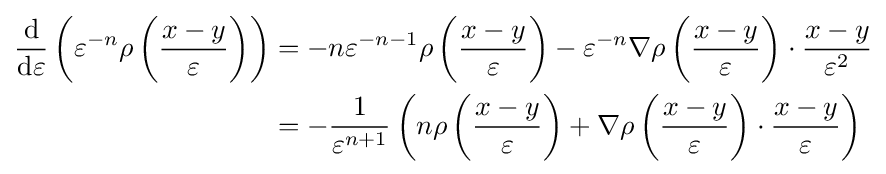
{\begin{aligned}{\frac {\mathrm {d} }{\mathrm {d} \varepsilon }}\left(\varepsilon ^{-n}\rho \left({\frac {x-y}{\varepsilon }}\right)\right)&=-n\varepsilon ^{-n-1}\rho \left({\frac {x-y}{\varepsilon }}\right)-\varepsilon ^{-n}\nabla \rho \left({\frac {x-y}{\varepsilon }}\right)\cdot {\frac {x-y}{\varepsilon ^{2}}}\\&=-{\frac {1}{\varepsilon ^{n+1}}}\left(n\rho \left({\frac {x-y}{\varepsilon }}\right)+\nabla \rho \left({\frac {x-y}{\varepsilon }}\right)\cdot {\frac {x-y}{\varepsilon }}\right)\end{aligned}}